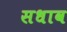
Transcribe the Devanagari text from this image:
सधाव